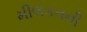
મીલકતની